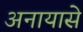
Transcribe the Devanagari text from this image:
अनायासे